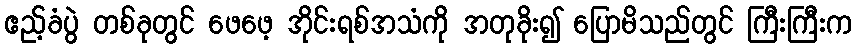
ဧည့်ခံပွဲ တစ်ခုတွင် ဖေဖေ့ အိုင်းရစ်အသံကို အတုခိုး၍ ပြောမိသည်တွင် ကြီးကြီးက